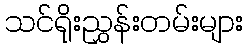
သင်ရိုးညွှန်းတမ်းများ